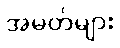
အမတ်များ